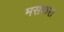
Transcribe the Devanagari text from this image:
मसकरा